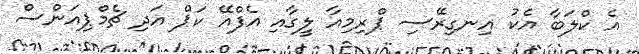
އެ ކްލަބާ އެކު އިނގިރޭސި ޕްރިމިއާ ލީގާއި އެފްއޭ ކަޕް އަދި ޗެމްޕިއަންސް